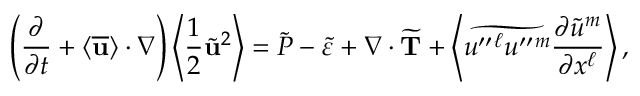
\left( { \frac { \partial } { \partial t } + \langle { \overline { { \bf { u } } } } \rangle \cdot \nabla } \right) \left\langle { \frac { 1 } { 2 } { \tilde { \bf { u } } } ^ { 2 } } \right\rangle = \widetilde { P } - \widetilde { \varepsilon } + \nabla \cdot \widetilde { \bf { T } } + \left\langle { \widetilde { u ^ { \prime \prime } { } ^ { \ell } u ^ { \prime \prime } { } ^ { m } } \frac { \partial \widetilde { u } ^ { m } } { \partial x ^ { \ell } } } \right\rangle ,